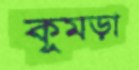
কুমড়া